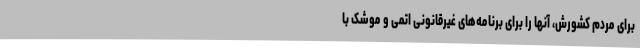
برای مردم کشورش، آنها را برای برنامه‌های غیرقانونی اتمی و موشک با